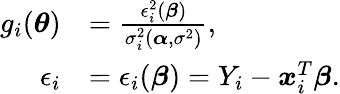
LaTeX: \begin{array}{rl}{g_{i}(\boldsymbol{\theta})}&{=\frac{\epsilon_{i}^{2}(\boldsymbol{\beta})}{\sigma_{i}^{2}(\boldsymbol{\alpha},\sigma^{2})},}\\ {\epsilon_{i}}&{=\epsilon_{i}(\boldsymbol{\beta})=Y_{i}-\boldsymbol{x}_{i}^{T}\boldsymbol{\beta}.}\end{array}